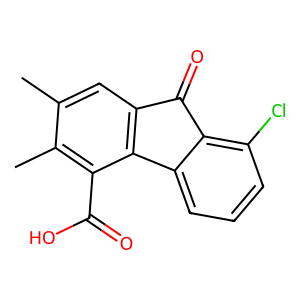
SMILES: Cc1cc2c(c(C(=O)O)c1C)-c1cccc(Cl)c1C2=O
Inhibits HIV replication: No